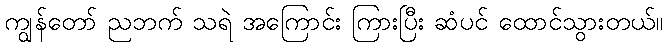
ကျွန်တော် ညဘက် သရဲ အကြောင်း ကြားပြီး ဆံပင် ထောင်သွားတယ်။